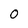
Character: 0